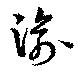
渝